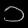
Digit: ၁